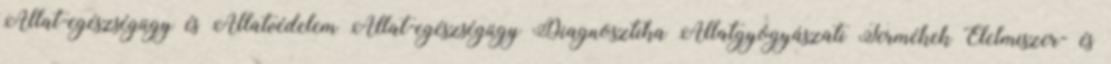
Állat-egészségügy és Állatvédelem Állat-egészségügy Diagnosztika Állatgyógyászati Termékek Élelmiszer- és